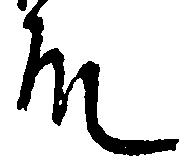
殿